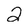
Character: 2